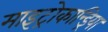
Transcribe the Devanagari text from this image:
माइट्रोकान्ड्रिया